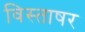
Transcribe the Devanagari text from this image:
विस्ताषर